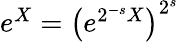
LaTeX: \begin{array}{r}{e^{X}=\left(e^{{2^{-s}X}}\right)^{2^{s}}}\end{array}